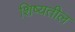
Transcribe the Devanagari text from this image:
शिष्यतील